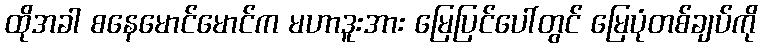
ထိုအခါ စနေမောင်မောင်က မဟာဒူးအား မြေပြင်ပေါ်တွင် မြေပုံတစ်ချပ်ကို